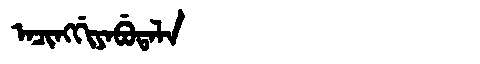
Manchu: ᠠᠴᡳᠩᡤᡳᠶᠠᠪᡠᡨᠠᠯᠠ
Romanization: ACINGGIYABUTALA